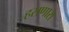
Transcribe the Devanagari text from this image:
हसणारा